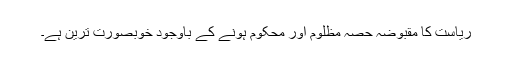
ریاست کا مقبوضہ حصہ مظلوم اور محکوم ہونے کے باوجود خوبصورت ترین ہے۔